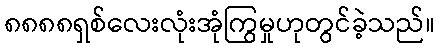
၈၈၈၈ရှစ်လေးလုံးအုံကြွမှုဟုတွင်ခဲ့သည်။